Lunatic asylums Central Provinces reports 1895-1909 - 1895-1909
Year: 1895
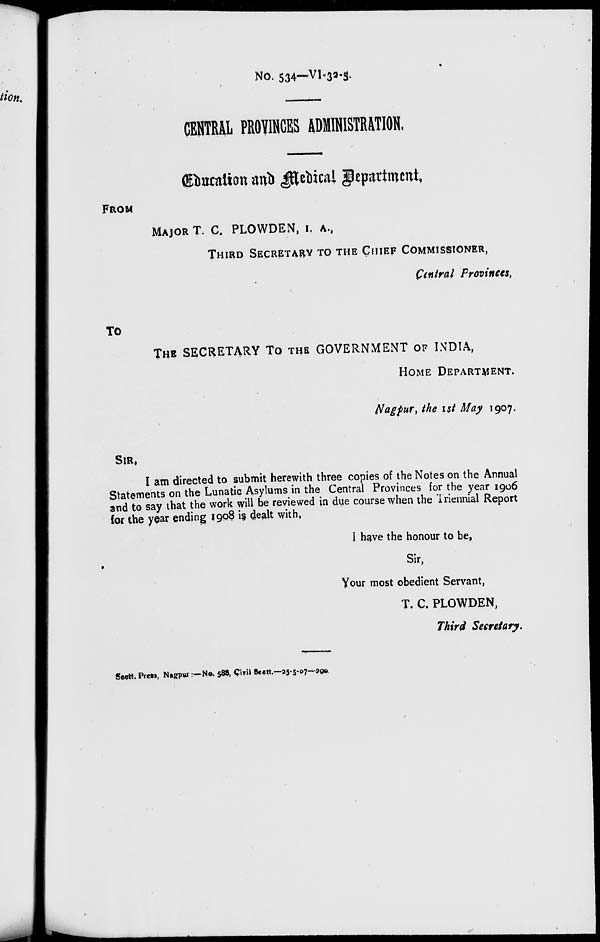
No. 534—VI-32-5.
CENTRAL PROVINCES ADMINISTRATION.
Education and Medical Department.
FROM
MAJOR T. C. PLOWDEN, I. A.,
THIRD SECRETARY TO THE CHIEF COMMISSIONER,
Central Provinces,
TO
THE SECRETARY TO THE GOVERNMENT OF INDIA,
HOME DEPARTMENT.
Nagpur, the 1st May 1907.
SIR,
I am directed to submit herewith three copies of the Notes on the Annual
Statements on the Lunatic Asylums in the Central Provinces for the year 1906
and to say that the work will be reviewed in due course when the Triennial Report
for the year ending 1908 is dealt with,
I have the honour to be,
Sir,
Your most obedient Servant,
T. C. PLOWDEN,
Third Secretary.
Sectt. Press, Nagpur:—No. 588, Civil Sectt.—25—5—07—200.